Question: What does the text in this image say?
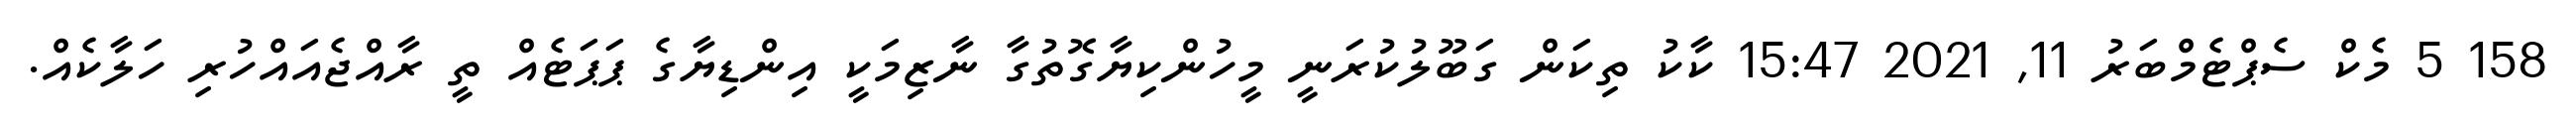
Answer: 158 5 މެކް ސެޕްޓެމްބަރު 11, 2021 15:47 ކާކު ތިކަން ގަބޫލުކުރަނީ މީހުންކިޔާގޮތުގާ ނާޒިމަކީ އިންޑިޔާގެ ޕަޕަޓެއް ތީ ރާއްޖެއައްހުރި ހަލާކެއް.